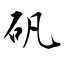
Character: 矾